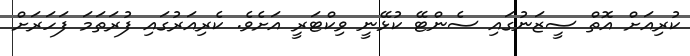
ކުރިއަށް އޮތް ސީޒަނުގައި ސެންޓޭ ކުޅޭނީ ވިކްޓަރީ އަށެވެ. ކެރިއަރުގައި ފުރަތަމަ ފަހަރަށް